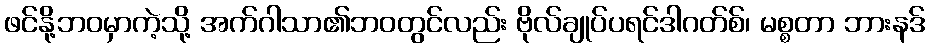
ဖင်နို့ဘဝမှာကဲ့သို့ အက်ဂါသာ၏ဘဝတွင်လည်း ဗိုလ်ချုပ်ပရင်ဒါဂတ်စ်၊ မစ္စတာ ဘားနဒ်